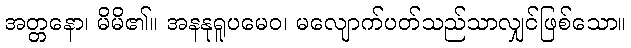
အတ္တနော၊ မိမိ၏။ အနနုရူပမေဝ၊ မလျောက်ပတ်သည်သာလျှင်ဖြစ်သော။